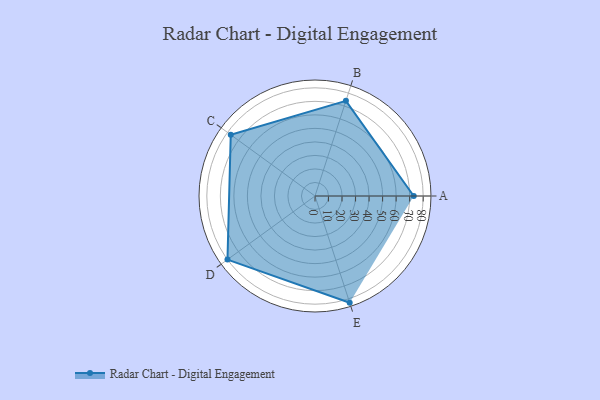
{"axis": {"x": "Skill", "y": "Score"}, "legend": ["Profile"], "data": [{"x": "A", "y": 73.0, "type": "Profile"}, {"x": "B", "y": 74.0, "type": "Profile"}, {"x": "C", "y": 77.0, "type": "Profile"}, {"x": "D", "y": 80.0, "type": "Profile"}, {"x": "E", "y": 83.0, "type": "Profile"}]}